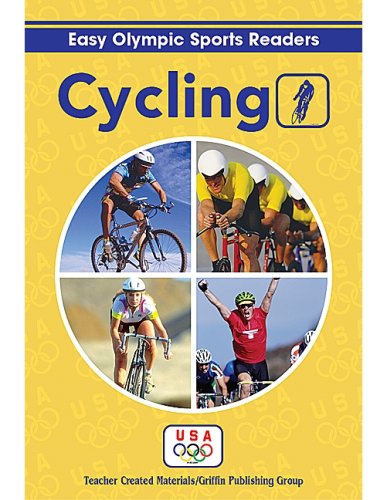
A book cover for Cycling Reader (Easy Olympic Sports Readers); Teacher Created Resources Staff; Children's Books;